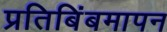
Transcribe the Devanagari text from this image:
प्रतिबिंबमापन